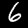
Digit: 6